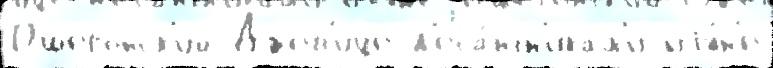
Пшегонск'ий Джев'ице д'еса́нтн'икам'и иjу́н'е